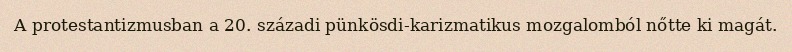
A protestantizmusban a 20. századi pünkösdi-karizmatikus mozgalomból nőtte ki magát.